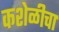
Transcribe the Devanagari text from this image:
कशेळीचा